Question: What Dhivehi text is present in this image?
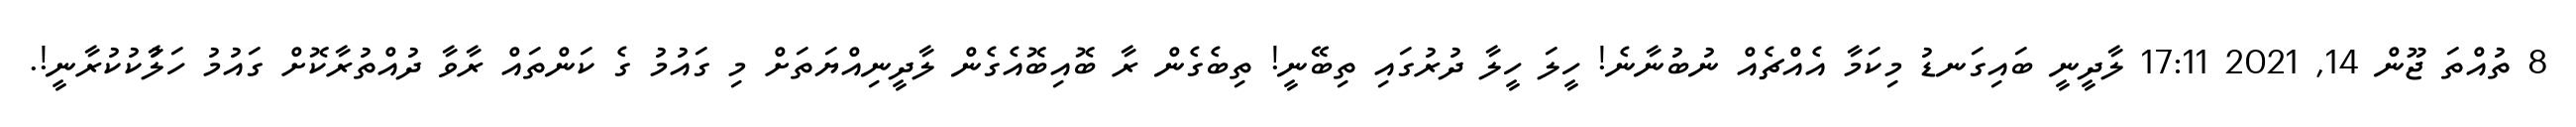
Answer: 8 ތުއްތަ ޖޫން 14, 2021 17:11 ލާދީނީ ބައިގަނޑު މިކަމާ އެއްޗެއް ނުބުނާނެ! ހީލަ ހީލާ ދުރުގައި ތިބޭނީ! ތިބެގެން ރާ ބޮއިބޮއެގެން ލާދީނިއްޔަތަށް މި ގައުމު ގެ ކަންތައް ރާވާ ދުއްތުރާކޮށް ގައުމު ހަލާުކުކުރާނީ!.